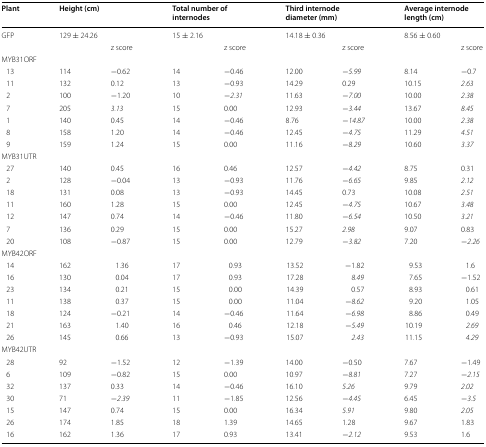
<table><thead><tr><td><b>Plant</b></td><td colspan="2"><b>Height (cm)</b></td><td colspan="2"><b>Total number of internodes</b></td><td colspan="2"><b>Third internode diameter (mm)</b></td><td colspan="2"><b>Average internode length (cm)</b></td></tr></thead><tbody><tr><td>GFP</td><td colspan="2">129 ± 24.26</td><td colspan="2">15 ± 2.16</td><td colspan="2">14.18 ± 0.36</td><td colspan="2">8.56 ± 0.60</td></tr><tr><td></td><td></td><td>z score</td><td></td><td>z score</td><td></td><td>z score</td><td></td><td>z score</td></tr><tr><td colspan="9">MYB31ORF</td></tr><tr><td> 13</td><td>114</td><td>−0.62</td><td>14</td><td>−0.46</td><td>12.00</td><td>−<i>5.99</i></td><td>8.14</td><td>−0.7</td></tr><tr><td> 11</td><td>132</td><td>0.12</td><td>13</td><td>−0.93</td><td>14.29</td><td>0.29</td><td>10.15</td><td><i>2.63</i></td></tr><tr><td> 2</td><td>100</td><td>−1.20</td><td>10</td><td>−<i>2.31</i></td><td>11.63</td><td>−<i>7.00</i></td><td>10.00</td><td><i>2.38</i></td></tr><tr><td> 7</td><td>205</td><td><i>3.13</i></td><td>15</td><td>0.00</td><td>12.93</td><td>−<i>3.44</i></td><td>13.67</td><td><i>8.45</i></td></tr><tr><td> 1</td><td>140</td><td>0.45</td><td>14</td><td>−0.46</td><td>8.76</td><td>−<i>14.87</i></td><td>10.00</td><td><i>2.38</i></td></tr><tr><td> 8</td><td>158</td><td>1.20</td><td>14</td><td>−0.46</td><td>12.45</td><td>−<i>4.75</i></td><td>11.29</td><td><i>4.51</i></td></tr><tr><td> 9</td><td>159</td><td>1.24</td><td>15</td><td>0.00</td><td>11.16</td><td>−<i>8.29</i></td><td>10.60</td><td><i>3.37</i></td></tr><tr><td colspan="9">MYB31UTR</td></tr><tr><td> 27</td><td>140</td><td>0.45</td><td>16</td><td>0.46</td><td>12.57</td><td>−<i>4.42</i></td><td>8.75</td><td>0.31</td></tr><tr><td> 2</td><td>128</td><td>−0.04</td><td>13</td><td>−0.93</td><td>11.76</td><td>−<i>6.65</i></td><td>9.85</td><td><i>2.12</i></td></tr><tr><td> 18</td><td>131</td><td>0.08</td><td>13</td><td>−0.93</td><td>14.45</td><td>0.73</td><td>10.08</td><td><i>2.51</i></td></tr><tr><td> 11</td><td>160</td><td>1.28</td><td>15</td><td>0.00</td><td>12.45</td><td>−<i>4.75</i></td><td>10.67</td><td><i>3.48</i></td></tr><tr><td> 12</td><td>147</td><td>0.74</td><td>14</td><td>−0.46</td><td>11.80</td><td>−<i>6.54</i></td><td>10.50</td><td><i>3.21</i></td></tr><tr><td> 7</td><td>136</td><td>0.29</td><td>15</td><td>0.00</td><td>15.27</td><td><i>2.98</i></td><td>9.07</td><td>0.83</td></tr><tr><td> 20</td><td>108</td><td>−0.87</td><td>15</td><td>0.00</td><td>12.79</td><td>−<i>3.82</i></td><td>7.20</td><td>−<i>2.26</i></td></tr><tr><td colspan="9">MYB42ORF</td></tr><tr><td> 14</td><td>162</td><td>1.36</td><td>17</td><td>0.93</td><td>13.52</td><td>−1.82</td><td>9.53</td><td>1.6</td></tr><tr><td> 16</td><td>130</td><td>0.04</td><td>17</td><td>0.93</td><td>17.28</td><td><i>8.49</i></td><td>7.65</td><td>−1.52</td></tr><tr><td> 23</td><td>134</td><td>0.21</td><td>15</td><td>0.00</td><td>14.39</td><td>0.57</td><td>8.93</td><td>0.61</td></tr><tr><td> 11</td><td>138</td><td>0.37</td><td>15</td><td>0.00</td><td>11.04</td><td>−<i>8.62</i></td><td>9.20</td><td>1.05</td></tr><tr><td> 18</td><td>124</td><td>−0.21</td><td>14</td><td>−0.46</td><td>11.64</td><td>−<i>6.98</i></td><td>8.86</td><td>0.49</td></tr><tr><td> 21</td><td>163</td><td>1.40</td><td>16</td><td>0.46</td><td>12.18</td><td>−<i>5.49</i></td><td>10.19</td><td><i>2.69</i></td></tr><tr><td> 26</td><td>145</td><td>0.66</td><td>13</td><td>−0.93</td><td>15.07</td><td><i>2.43</i></td><td>11.15</td><td><i>4.29</i></td></tr><tr><td colspan="9">MYB42UTR</td></tr><tr><td> 28</td><td>92</td><td>−1.52</td><td>12</td><td>−1.39</td><td>14.00</td><td>−0.50</td><td>7.67</td><td>−1.49</td></tr><tr><td> 6</td><td>109</td><td>−0.82</td><td>15</td><td>0.00</td><td>10.97</td><td>−<i>8.81</i></td><td>7.27</td><td>−<i>2.15</i></td></tr><tr><td> 32</td><td>137</td><td>0.33</td><td>14</td><td>−0.46</td><td>16.10</td><td><i>5.26</i></td><td>9.79</td><td><i>2.02</i></td></tr><tr><td> 30</td><td>71</td><td>−<i>2.39</i></td><td>11</td><td>−1.85</td><td>12.56</td><td>−<i>4.45</i></td><td>6.45</td><td>−<i>3.5</i></td></tr><tr><td> 15</td><td>147</td><td>0.74</td><td>15</td><td>0.00</td><td>16.34</td><td><i>5.91</i></td><td>9.80</td><td><i>2.05</i></td></tr><tr><td> 26</td><td>174</td><td>1.85</td><td>18</td><td>1.39</td><td>14.65</td><td>1.28</td><td>9.67</td><td>1.83</td></tr><tr><td> 16</td><td>162</td><td>1.36</td><td>17</td><td>0.93</td><td>13.41</td><td>−<i>2.12</i></td><td>9.53</td><td>1.6</td></tr></tbody></table>